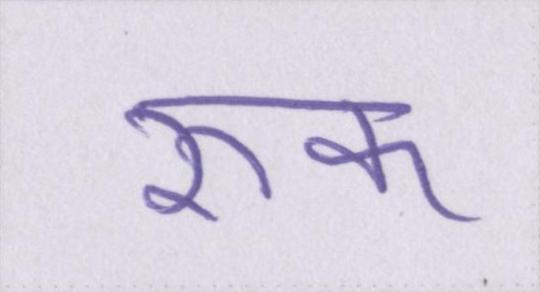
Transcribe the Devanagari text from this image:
रुक